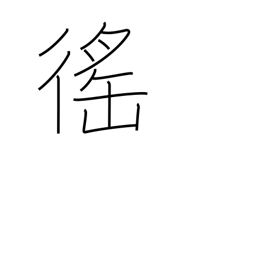
Meaning: corvee